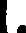
l.